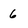
Character: 6